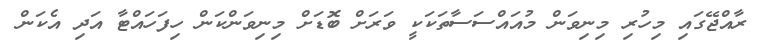
ރާއްޖޭގައި މިހުރި މިނިވަން މުއައްސަސާތަކަކީ ވަރަށް ބޮޑަށް މިނިވަންކަން ހިފަހައްޓާ އަދި އެކަން